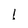
Character: l